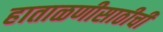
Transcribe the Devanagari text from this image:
हाताळणीसाठीची